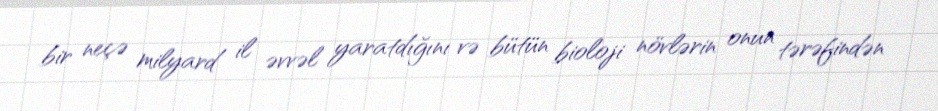
bir neçə milyard il əvvəl yaratdığını və bütün bioloji növlərin onun tərəfindən